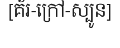
[គ័រ-ក្រៅ-ស្បូន]